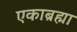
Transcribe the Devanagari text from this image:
एकाब्रह्मा